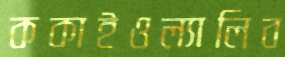
ককাইওল্যালিব